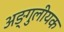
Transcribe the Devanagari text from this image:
अङ्गुलीयक